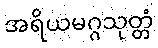
အရိယမဂ္ဂသုတ္တံ